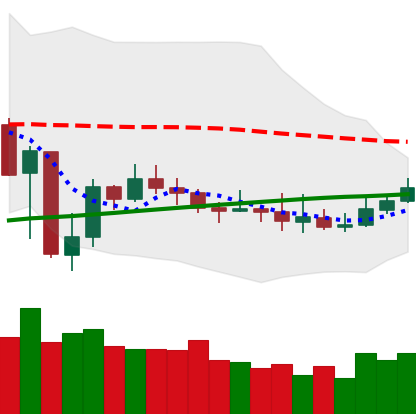
Ticker: XMR-USD
Chart end date: 2019-08-02
Forward return: 16.175%
Label: up_7plus